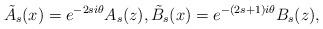
LaTeX: \begin{gather*}\tilde A_s(x)=e^{-2si\theta} A_s(z),\tilde B_s(x)=e^{-(2s+1)i\theta} B_s(z) ,\end{gather*}